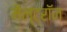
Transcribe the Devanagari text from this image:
मैल्ट्रॉन